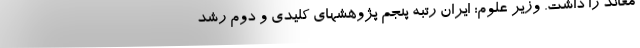
معاند را داشت. وزیر علوم: ایران رتبه پنجم پژوهشهای کلیدی و دوم رشد